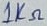
Text: 1KΩ